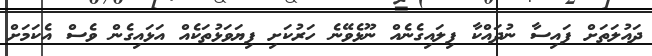
ދައުލަތަށް ފައިސާ ނުދައްކާ ފިލައިގެނެއް ނޫޅެވޭނެ ހަރުކަށި ފިޔަވަޅުތަކެއް އަޅައިގެން ވެސް އެކަމަށް